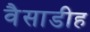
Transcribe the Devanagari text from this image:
वैसाडीह